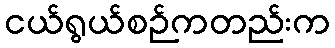
ငယ်ရွယ်စဉ်ကတည်းက